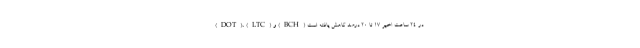
(DOT)، (LTC) و (BCH) در ۲۴ ساعت اخیر ۱۷ تا ۲۰ درصد کاهش یافته است.